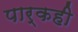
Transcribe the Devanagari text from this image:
पार्कही